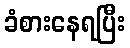
ခံစားနေရပြီး